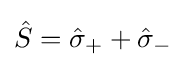
{\hat {S}}={\hat {\sigma }}_{+}+{\hat {\sigma }}_{-}